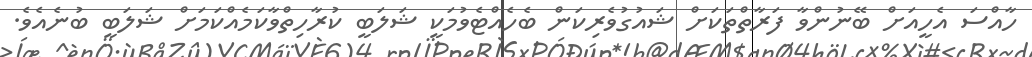
ހާއްސަ އެހީއަށް ބޭނުންވާ ފަރާތްތަކަށް ޝައުގުވެރިކަން ބެހެއްޓެވުމަކީ ޝަލަބީ ކުރާހިތްވާކަމެެއްކަމަށް ޝަލަބީ ބުނެއެވެ.